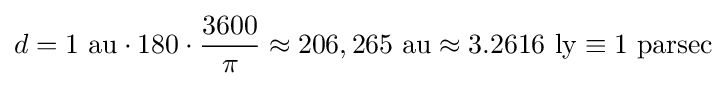
d=1{\text{ au}}\cdot 180\cdot {\frac {3600}{\pi }}\approx 206,265{\text{ au}}\approx 3.2616{\text{ ly}}\equiv 1{\text{ parsec}}